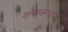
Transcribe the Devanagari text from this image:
शृंगावरच